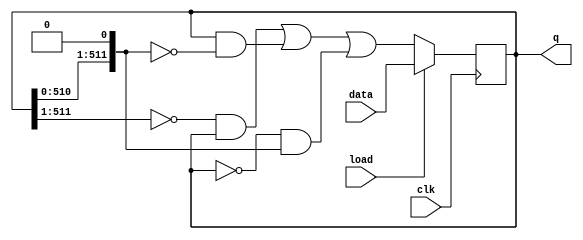
module top_module(
    input clk,
    input load,
    input [511:0] data,
    output reg [511:0] q
);

always @(posedge clk)
    if (load) q <= data;
    else q <= ~(q>>1)&q | q&~(q<<1) | ~q&(q<<1);

endmodule